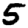
Digit: 5